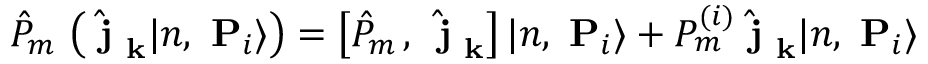
\hat { P } _ { m } \, \left( \hat { \mathrm { \bf ~ j } } _ { \mathrm { \bf ~ k } } | n , \mathrm { \bf ~ P } _ { i } \rangle \right) = \left[ \hat { P } _ { m } \, , \, \hat { \mathrm { \bf ~ j } } _ { \mathrm { \bf ~ k } } \right] | n , \mathrm { \bf ~ P } _ { i } \rangle + P _ { m } ^ { ( i ) } \hat { \mathrm { \bf ~ j } } _ { \mathrm { \bf ~ k } } | n , \mathrm { \bf ~ P } _ { i } \rangle